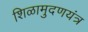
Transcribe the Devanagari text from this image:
शिळामुदणयंत्र